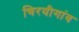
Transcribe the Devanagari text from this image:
चिरयीगांव